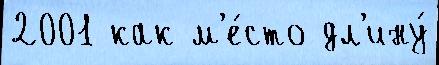
2001 как м'е́сто дл'ину́